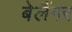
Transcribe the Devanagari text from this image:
बेलैंगर